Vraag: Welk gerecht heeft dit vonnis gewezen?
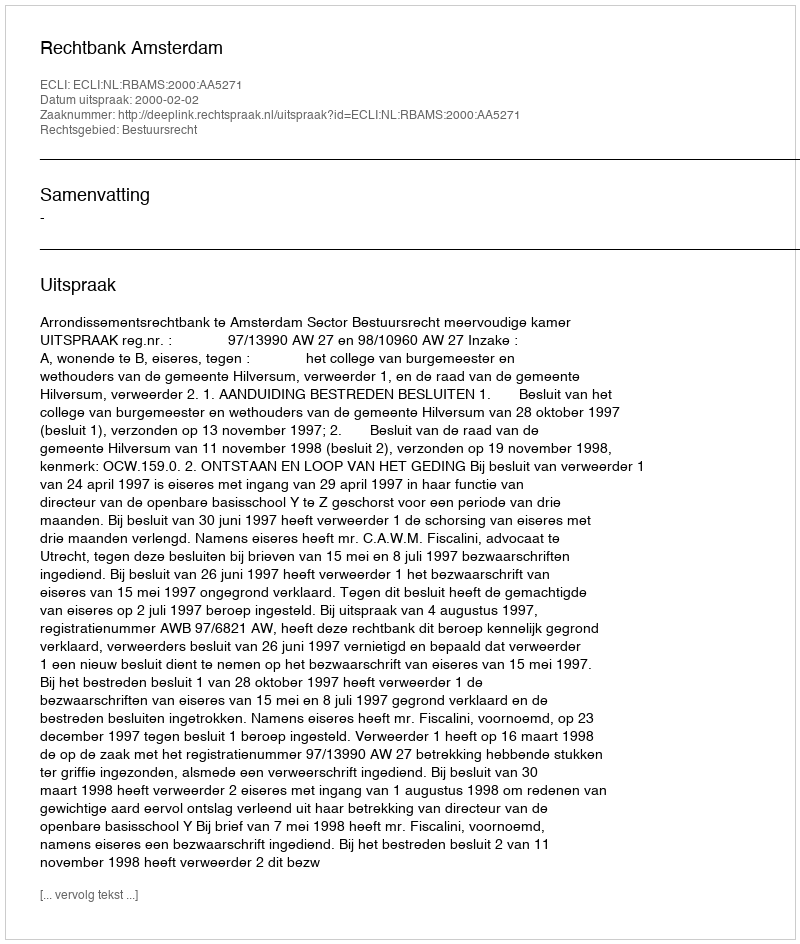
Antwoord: Rechtbank Amsterdam